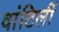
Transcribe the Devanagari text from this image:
वांटिलीं